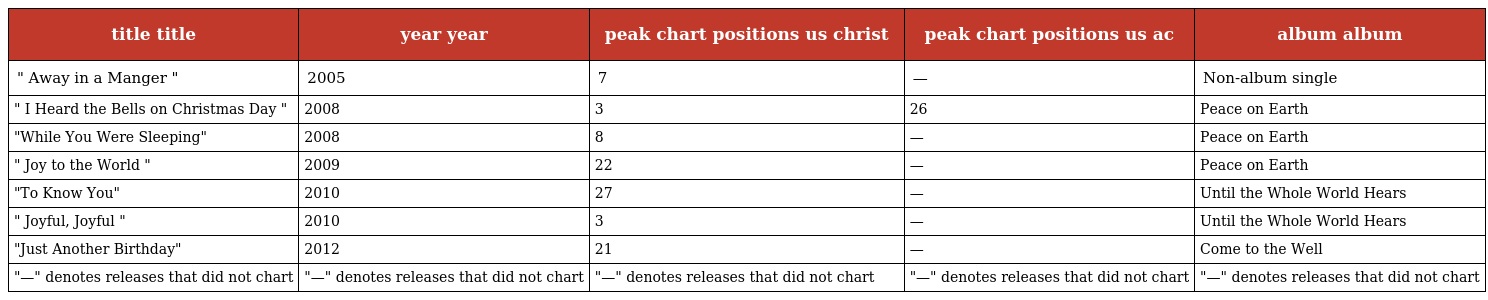
| title title | year year | peak chart positions us christ | peak chart positions us ac | album album |
 | --- | --- | --- | --- | --- |
 | " Away in a Manger " | 2005 | 7 | — | Non-album single |
 | " I Heard the Bells on Christmas Day " | 2008 | 3 | 26 | Peace on Earth |
 | "While You Were Sleeping" | 2008 | 8 | — | Peace on Earth |
 | " Joy to the World " | 2009 | 22 | — | Peace on Earth |
 | "To Know You" | 2010 | 27 | — | Until the Whole World Hears |
 | " Joyful, Joyful " | 2010 | 3 | — | Until the Whole World Hears |
 | "Just Another Birthday" | 2012 | 21 | — | Come to the Well |
 | "—" denotes releases that did not chart | "—" denotes releases that did not chart | "—" denotes releases that did not chart | "—" denotes releases that did not chart | "—" denotes releases that did not chart |